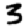
Digit: 3